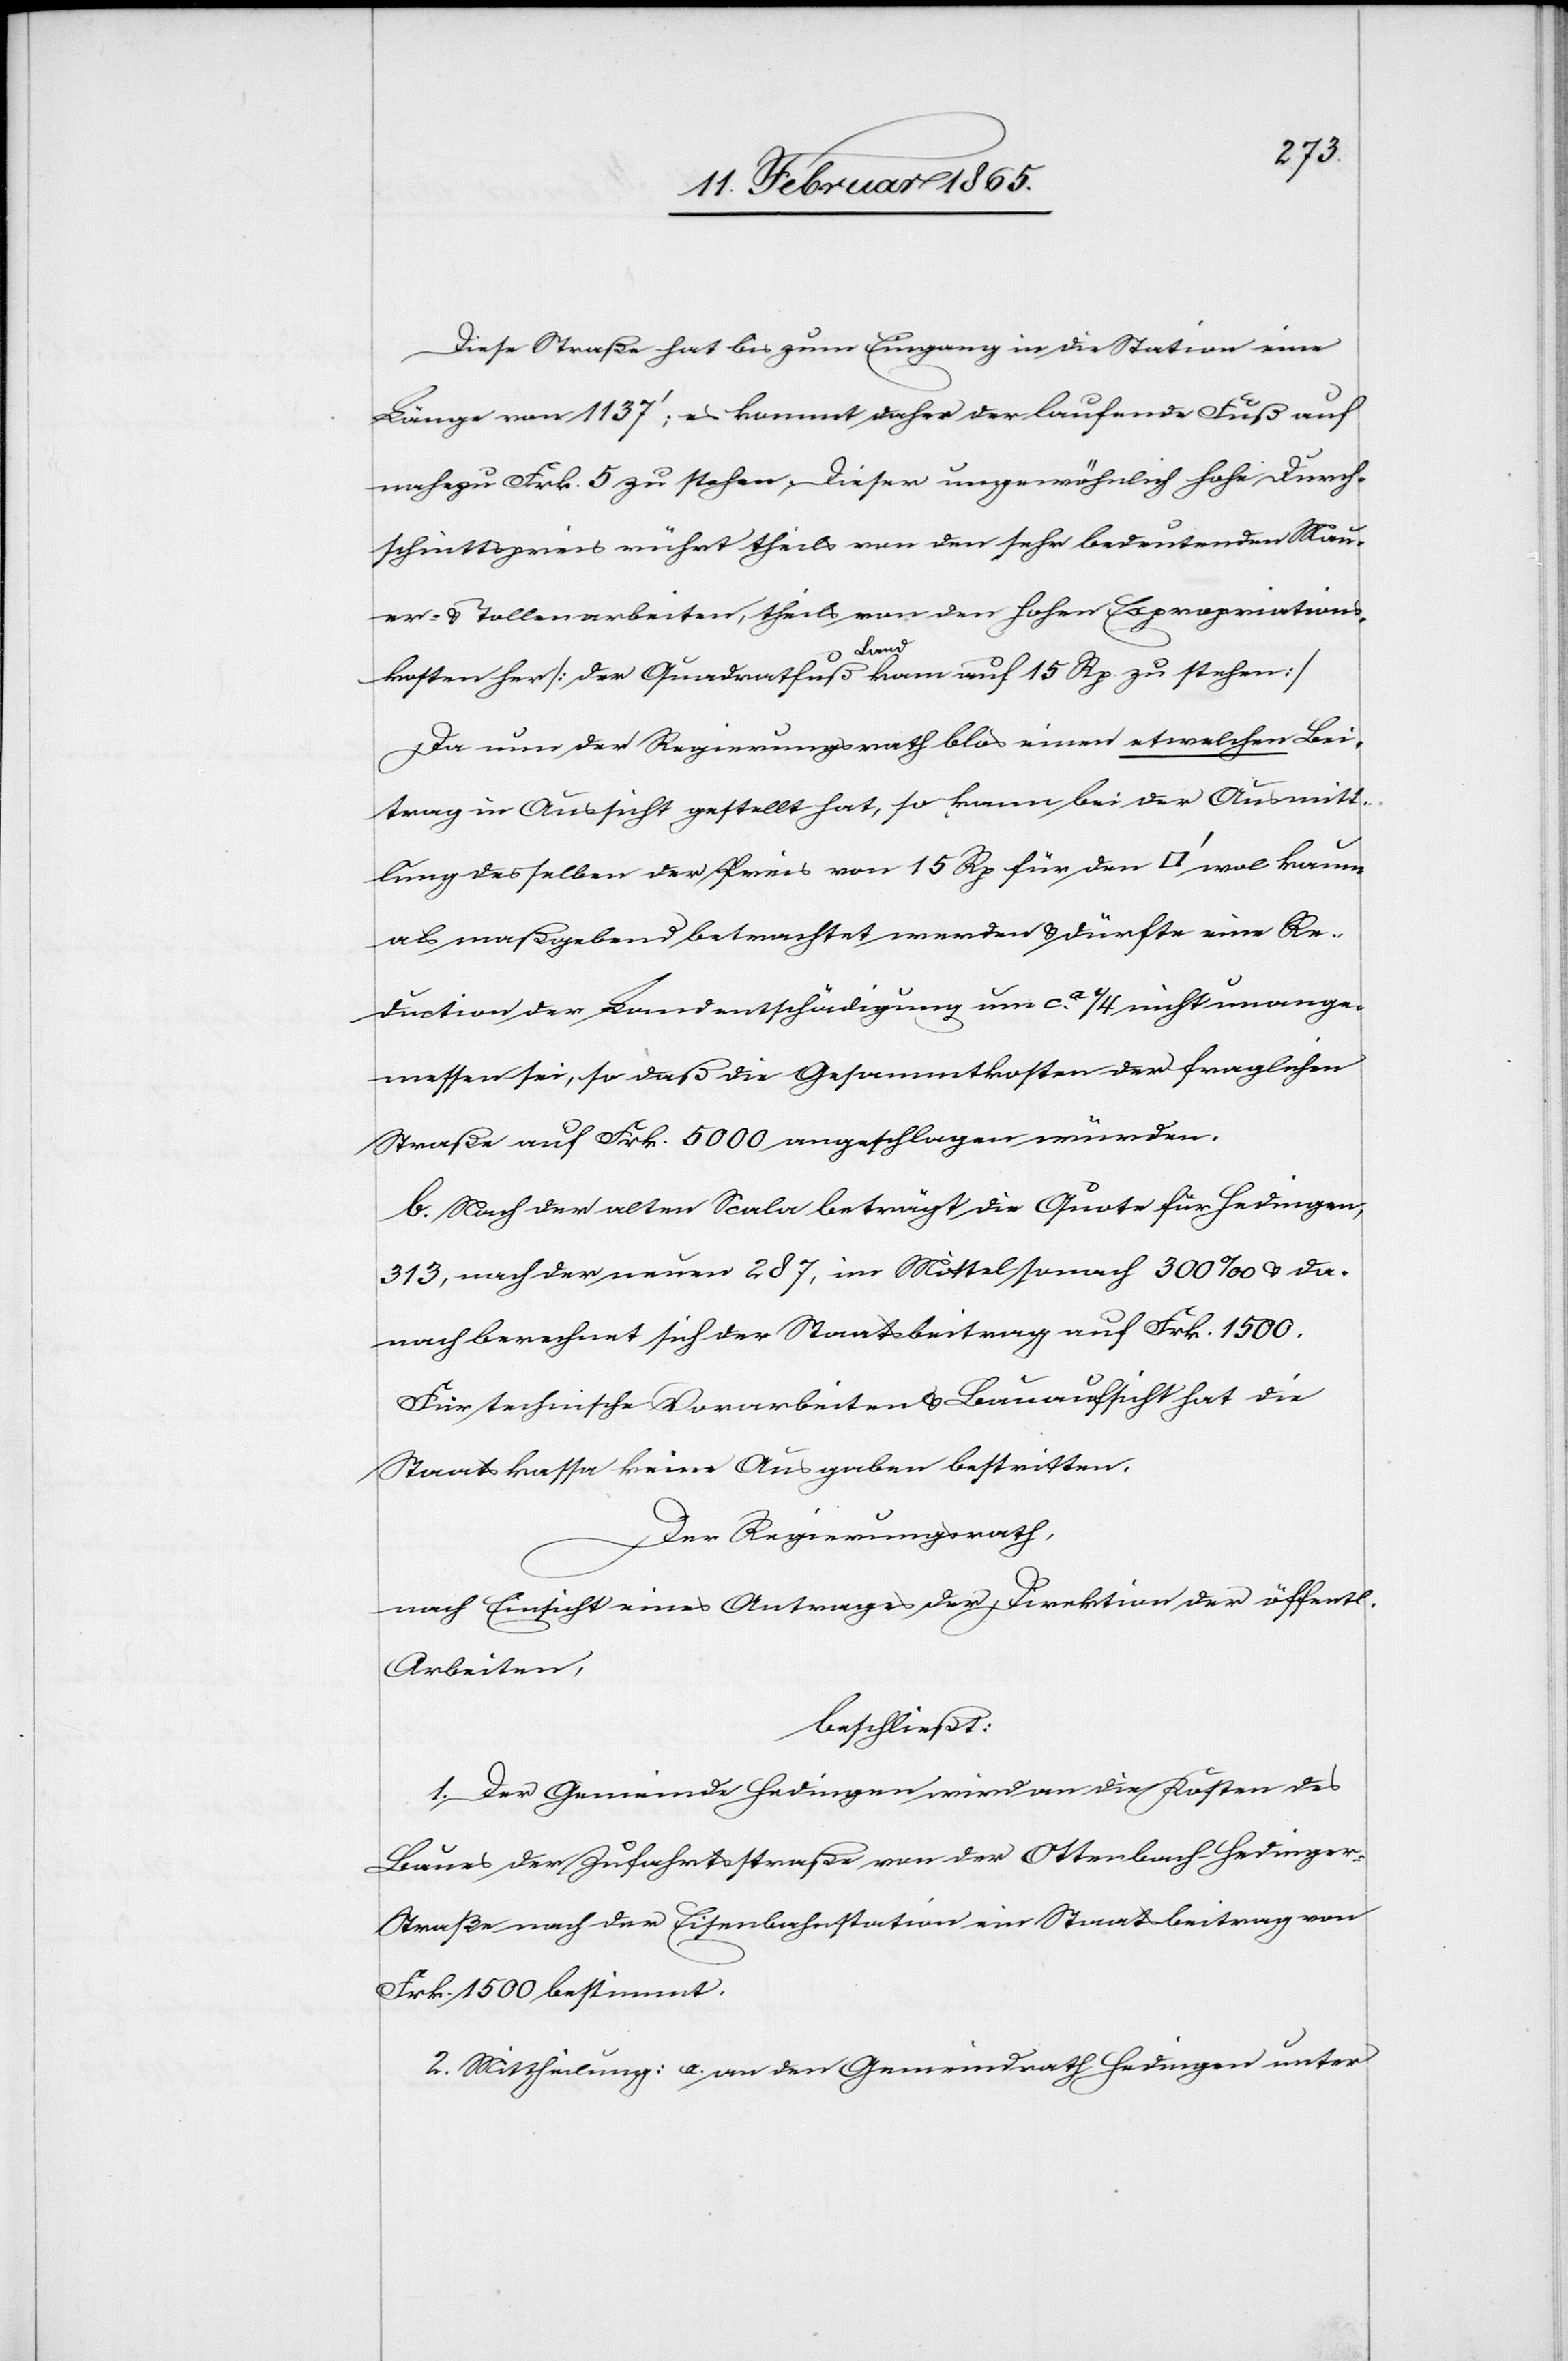
Diese Straße hat bis zum Eingang in die Station eine
Länge von 1137’; es kommt daher der laufende Fuß auf
nahezu Frk. 5 zu stehen. Dieser ungewöhnlich hohe Durch¬
schnittspreis rührt theils von den sehr bedeutenden Mau¬
er- u. Tollenarbeiten, theils von den hohen Expropriations¬
kosten her [der Quadratfuß Land kam auf 15 Rp. zu stehen]
Da nun der Regierungsrath blos einen etwelchen Bei¬
trag in Aussicht gestellt hat, so kann bei der Ausmitt¬
lung desselben der Preis von 15 Rp für den [Quadratfuss] wol kaum
als maßgebend betrachtet werden u. dürfte eine Re¬
duction der Landentschädigung um ca ¼ nicht unange¬
messen sei[n], so daß die Gesammtkosten der fraglichen
Straße auf Frk. 5000 angeschlagen würden.
b. Nach der alten Scala beträgt die Quote für Hedingen,
313, nach der neuen 287, im Mittel sonach 300 ‰ u. da¬
nach berechnet sich der Staatsbeitrag auf Frk. 1500.
Der Regierungsrath,
nach Einsicht eines Antrages der Direktion der öffentl.
Arbeiten,
beschließt:
1. Der Gemeinde Hedingen wird an die Kosten des
Baues der Zufahrtsstraße von der Ottenbach-Hedinge¬
r-Straße nach der Eisenbahnstation ein Staatsbeitrag von
Frk. 1500 bestimmt.
2. Mittheilung: a. an den Gemeindrath Hedingen unter